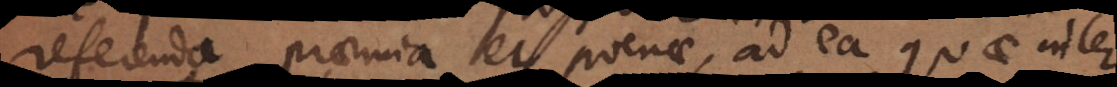
referenda praemia et poenae, ad ea quae inter